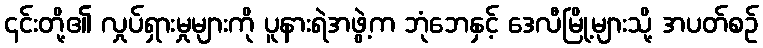
၎င်းတို့၏ လှုပ်ရှားမှုများကို ပူနားရဲအဖွဲ့က ဘုံဘေနှင့် ဒေလီမြို့များသို့ အပတ်စဉ်